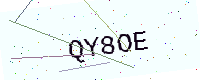
Text: QY8OE